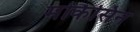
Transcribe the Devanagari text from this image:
मोकैसिन